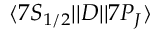
\ensuremath { \langle 7 S _ { 1 / 2 } | | } D \ensuremath { | | 7 P _ { J } \rangle }